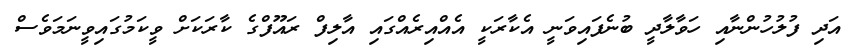
އަދި ފުލުހުންނާއި ހަވާލާދީ ބުނެފައިވަނީ އެކާރަކީ އެއްއިރެއްގައި އާލިފް ރައޫފްގެ ކާރަކަށް ވީކަމުގައިވީނަމަވެސް